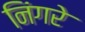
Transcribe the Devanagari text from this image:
निंगरे